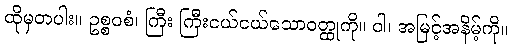
ထိုမှတပါး။ ဥစ္စဝစံ၊ ကြီး ကြီးငယ်ငယ်သောဝတ္ထုကို။ ဝါ၊ အမြင့်အနိမ့်ကို။